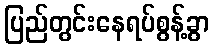
ပြည်တွင်းနေရပ်စွန့်ခွာ